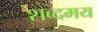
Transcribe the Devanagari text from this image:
शब्दमय